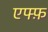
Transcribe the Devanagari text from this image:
एफ्फ़